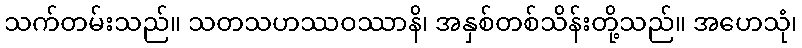
သက်တမ်းသည်။ သတသဟဿဝဿာနိ၊ အနှစ်တစ်သိန်းတို့သည်။ အဟေသုံ၊